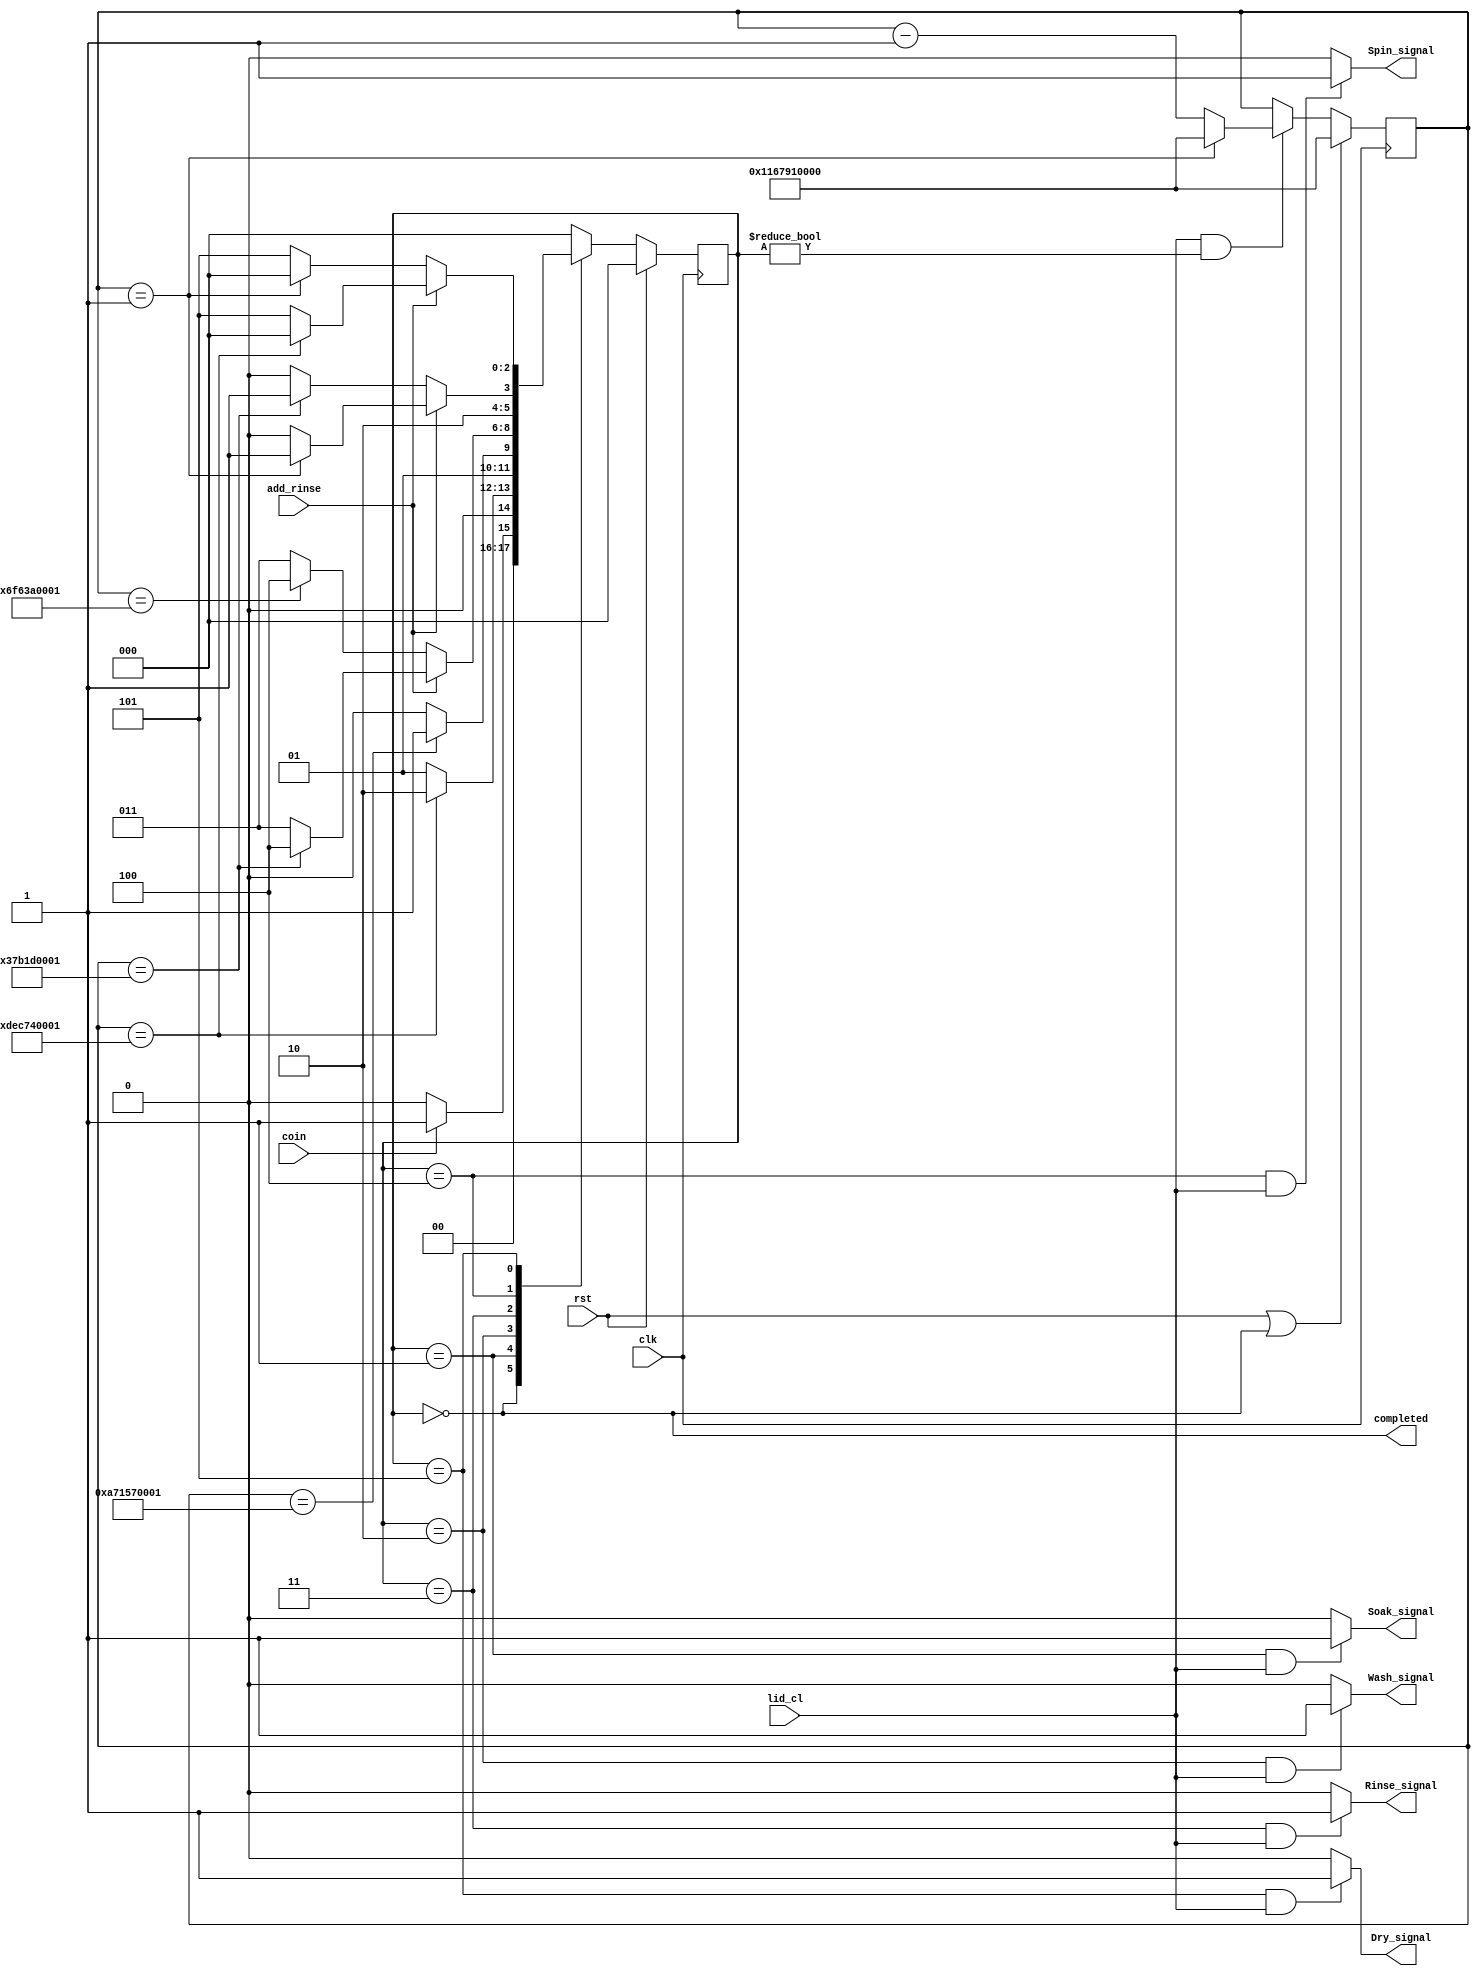
`timescale 1ns / 1ps
//////////////////////////////////////////////////////////////////////////////////
// Company: IIT JAMMU
// 
// Design Name: Washing Machine Controller 
// Module Name: Controller
// Project Name: Major Project VHDL
// Target Devices: Xilinx FPGA
// Tool Versions: 
// Description: 
// 
// Dependencies: 
// 
// Revision:
// Revision 0.01 - File Created
// Additional Comments:
// 
//////////////////////////////////////////////////////////////////////////////////


module Controller(
    input clk,
    input rst,
    input coin,
    input add_rinse,
    input lid_cl,
    output Soak_signal, Wash_signal, Rinse_signal, Spin_signal, Dry_signal,
    output completed
);

    reg [36:0] count;
    reg [2:0] cs;
    parameter s0 = 3'd0, s1 = 3'd1, s2 = 3'd2, s3 = 3'd3, s4 = 3'd4, s5 = 3'd5;
    
    // output
    assign Soak_signal = (cs == s1 & lid_cl) ? 1:0;
    assign Wash_signal = (cs == s2 & lid_cl) ? 1:0;
    assign Rinse_signal = (cs == s3 & lid_cl) ? 1:0;
    assign Spin_signal = (cs == s4 & lid_cl) ? 1:0;
    assign Dry_signal = (cs == s5 & lid_cl) ? 1:0;
    assign completed = (cs == s0);
    
    // Counter
    always @(posedge clk) begin : counter
        if(rst | cs == s0) count <= 37'd74752000000;
        else if(lid_cl & cs != s0)  count <= (count == 36'd1)? 37'd74752000000  : count-1; 
        else count <= count;
    end
    
    // State Transition
    always @(posedge clk) begin : state_transition
        if(rst) cs <= s0;
        
        else begin
            case (cs)
                s0 : cs <= (coin) ? s1 : s0; // Reset State
                s1 : cs <= (count == 37'd59801600001) ? s2 : s1; // Soak State
                s2 : cs <= (count == 37'd44851200001) ? s3 : s2; // Wash State
                
                s3 : begin // // Rinse State
                    if(add_rinse) begin
                        cs <= (count == 37'd14950400001) ? s4 : s3;
                    end
                     else cs <= (count == 37'd29900800001) ? s4 : s3; 
                end
                
                 s4 : begin // Spin State
                    if(add_rinse) begin
                        cs <= (count == 37'd1) ? s5 : s4;
                    end
                     else cs <= (count == 37'd14950400001) ? s5 : s4; 
                end
                
                 s5 : begin // Dry State
                    if(add_rinse) begin
                        cs <= (count == 37'd59801600001) ? s0 : s5;
                    end
                     else cs <= (count == 37'd1) ? s0 : s5; // Rinse State
                end 
                
                default cs <= s0;
                
            endcase  
        end
    end


endmodule